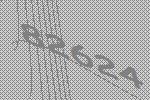
82624